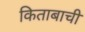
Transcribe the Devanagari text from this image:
किताबाची